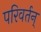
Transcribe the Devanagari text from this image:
परिवर्तन्